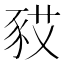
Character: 𧰿